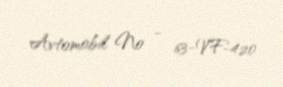
Avtomobil № - 63-VF-420